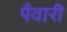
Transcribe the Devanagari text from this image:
पँवारी